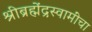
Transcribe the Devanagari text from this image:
श्रीब्रह्मेंद्रस्वामींचा